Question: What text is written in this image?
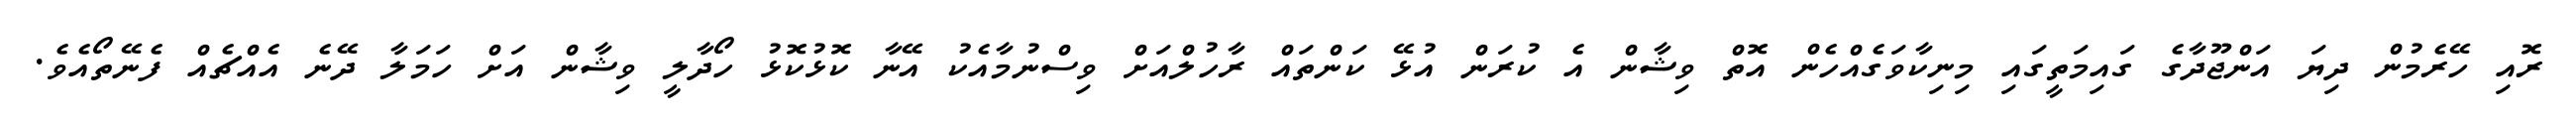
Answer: ރޮއި ހޭރެމުން ދިޔަ އަންޖޫދާގެ ގައިމަތީގައި މިނިކާވަގެއްހެން އޮތް ވިޝާން އެ ކުރަން އުޅޭ ކަންތައް ރާހުލްއަށް ވިސްނުމާއެކު އޭނާ ކޮޅުކޮޅު ހޯދާލީ ވިޝާން އަށް ހަމަލާ ދޭނެ އެއްޗެއް ފެނޭތޯއެވެ.